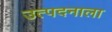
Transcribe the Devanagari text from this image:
उत्पदनाला